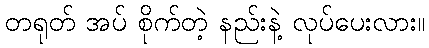
တရုတ် အပ် စိုက်တဲ့ နည်းနဲ့ လုပ်ပေးလား။